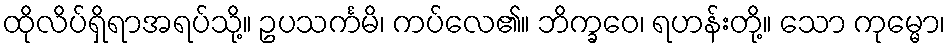
ထိုလိပ်ရှိရာအရပ်သို့။ ဥပသင်္ကမိ၊ ကပ်လေ၏။ ဘိက္ခဝေ၊ ရဟန်းတို့။ သော ကုမ္မော၊